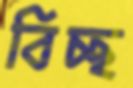
বিচ্ছ